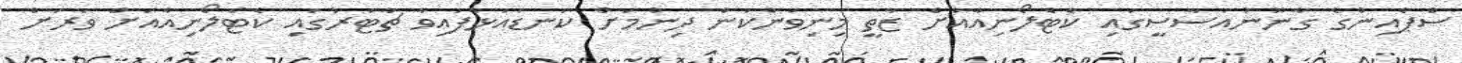
ސްޕެއިންގެ ގާނޫނުއަސާސީގައި ކެޓެލޯނިއާއަށް ޒާތީ މިނިވަންކަން ދިނުމަށް ކަނޑައަޅާފައިވާ ޗާޓަރުގައި ކެޓެލޯނިއާއަށް ވަރަށް